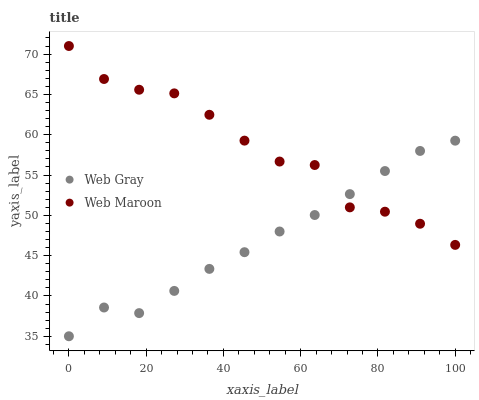
| xaxis_label | Web Gray | Web Maroon |
 | --- | --- | --- |
 | 0 | 35 | 71 |
 | 9.09 | 38.6 | 66.9 |
 | 18.2 | 37.9 | 65.6 |
 | 27.3 | 40.6 | 65.1 |
 | 36.4 | 43.4 | 62.5 |
 | 45.5 | 45.4 | 59.3 |
 | 54.5 | 48 | 56.7 |
 | 63.6 | 50 | 56.2 |
 | 72.7 | 52.6 | 51 |
 | 81.8 | 55.5 | 50.4 |
 | 90.9 | 58 | 49 |
 | 100 | 59.3 | 46.3 |